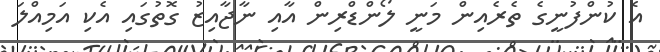
އެ ކުންފުނީގެ ތެރެއިން މަނީ ލޯންޑްރިން އާއި ނާޖާއިޒު ގޮތުގައި އެކި އަމިއްލަ